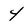
Character: 4